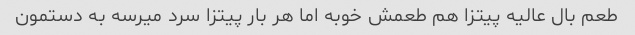
طعم بال عالیه پیتزا هم طعمش خوبه اما هر بار پیتزا سرد میرسه به دستمون